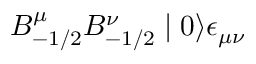
B _ { - 1 / 2 } ^ { \mu } B _ { - 1 / 2 } ^ { \nu } \mid 0 \rangle \epsilon _ { \mu \nu }